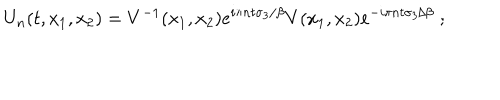
U _ { n } ( t , x _ { 1 } , x _ { 2 } ) = V ^ { - 1 } ( x _ { 1 } , x _ { 2 } ) e ^ { i \pi n t \sigma _ { 3 } / \beta } V ( x _ { 1 } , x _ { 2 } ) e ^ { - i \pi n t \sigma _ { 3 } / \beta } \; ;